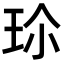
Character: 𭹀